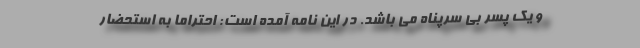
و یک پسر بی سرپناه می باشد. در این نامه آمده است: احتراماً به استحضار